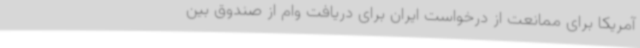
آمریکا برای ممانعت از درخواست ایران برای دریافت وام از صندوق بین‌